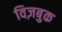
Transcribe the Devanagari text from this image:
विज़बुक